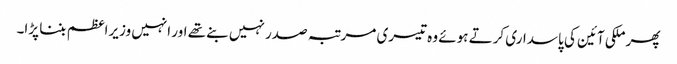
پھر ملکی آئین کی پاسداری کرتے ہوئے وہ تیسری مرتبہ صدر نہیں بنے تھے اور انہیں وزیراعظم بننا پڑا۔